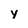
Character: y